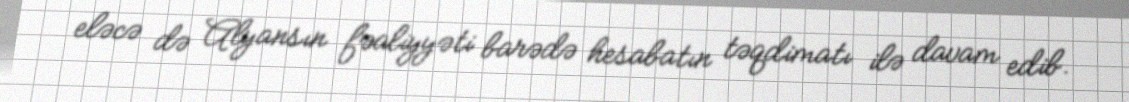
eləcə də Alyansın fəaliyyəti barədə hesabatın təqdimatı ilə davam edib.